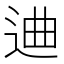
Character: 䢗